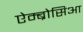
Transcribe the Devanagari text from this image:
ऐम्ब्रोसिआ